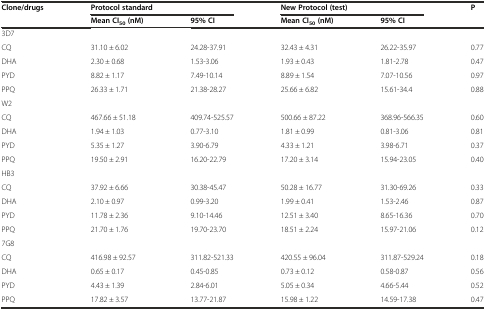
<table><thead><tr><td rowspan="2"><b>Clone/drugs</b></td><td colspan="2"><b>Protocol standard</b></td><td colspan="2"><b>New Protocol (test)</b></td><td rowspan="2"><b>P</b></td></tr><tr><td><b>Mean CI<sub>50</sub>(nM)</b></td><td><b>95% CI</b></td><td><b>Mean CI<sub>50</sub>(nM)</b></td><td><b>95% CI</b></td></tr></thead><tbody><tr><td>3D7</td><td></td><td></td><td></td><td></td><td></td></tr><tr><td>CQ</td><td>31.10 ± 6.02</td><td>24.28-37.91</td><td>32.43 ± 4.31</td><td>26.22-35.97</td><td>0.77</td></tr><tr><td>DHA</td><td>2.30 ± 0.68</td><td>1.53-3.06</td><td>1.93 ± 0.43</td><td>1.81-2.78</td><td>0.47</td></tr><tr><td>PYD</td><td>8.82 ± 1.17</td><td>7.49-10.14</td><td>8.89 ± 1.54</td><td>7.07-10.56</td><td>0.97</td></tr><tr><td>PPQ</td><td>26.33 ± 1.71</td><td>21.38-28.27</td><td>25.66 ± 6.82</td><td>15.61-34.4</td><td>0.88</td></tr><tr><td>W2</td><td></td><td></td><td></td><td></td><td></td></tr><tr><td>CQ</td><td>467.66 ± 51.18</td><td>409.74-525.57</td><td>500.66 ± 87.22</td><td>368.96-566.35</td><td>0.60</td></tr><tr><td>DHA</td><td>1.94 ± 1.03</td><td>0.77-3.10</td><td>1.81 ± 0.99</td><td>0.81-3.06</td><td>0.81</td></tr><tr><td>PYD</td><td>5.35 ± 1.27</td><td>3.90-6.79</td><td>4.33 ± 1.21</td><td>3.98-6.71</td><td>0.37</td></tr><tr><td>PPQ</td><td>19.50 ± 2.91</td><td>16.20-22.79</td><td>17.20 ± 3.14</td><td>15.94-23.05</td><td>0.40</td></tr><tr><td>HB3</td><td></td><td></td><td></td><td></td><td></td></tr><tr><td>CQ</td><td>37.92 ± 6.66</td><td>30.38-45.47</td><td>50.28 ± 16.77</td><td>31.30-69.26</td><td>0.33</td></tr><tr><td>DHA</td><td>2.10 ± 0.97</td><td>0.99-3.20</td><td>1.99 ± 0.41</td><td>1.53-2.46</td><td>0.87</td></tr><tr><td>PYD</td><td>11.78 ± 2.36</td><td>9.10-14.46</td><td>12.51 ± 3.40</td><td>8.65-16.36</td><td>0.70</td></tr><tr><td>PPQ</td><td>21.70 ± 1.76</td><td>19.70-23.70</td><td>18.51 ± 2.24</td><td>15.97-21.06</td><td>0.12</td></tr><tr><td>7G8</td><td></td><td></td><td></td><td></td><td></td></tr><tr><td>CQ</td><td>416.98 ± 92.57</td><td>311.82-521.33</td><td>420.55 ± 96.04</td><td>311.87-529.24</td><td>0.18</td></tr><tr><td>DHA</td><td>0.65 ± 0.17</td><td>0.45-0.85</td><td>0.73 ± 0.12</td><td>0.58-0.87</td><td>0.56</td></tr><tr><td>PYD</td><td>4.43 ± 1.39</td><td>2.84-6.01</td><td>5.05 ± 0.34</td><td>4.66-5.44</td><td>0.52</td></tr><tr><td>PPQ</td><td>17.82 ± 3.57</td><td>13.77-21.87</td><td>15.98 ± 1.22</td><td>14.59-17.38</td><td>0.47</td></tr></tbody></table>